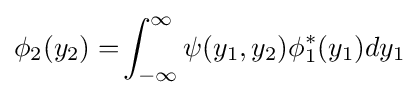
\phi _{2}(y_{2})=\!\int _{-\infty }^{\infty }\psi (y_{1},y_{2})\phi _{1}^{*}(y_{1})dy_{1}